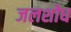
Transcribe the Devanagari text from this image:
जलशोध